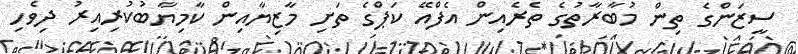
ސީޒަންގެ ތިން މުބާރާތުގެ ތެރެއިން އެފްއޭ ކަޕްގެ ތަށި މާޒިޔާއިން ކާމިޔާބުކުރިއިރު ދިވެހި